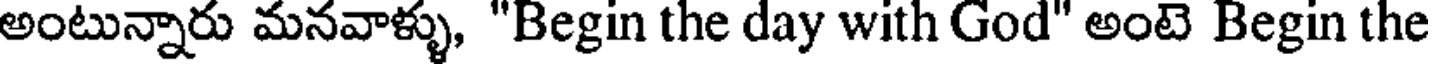
అంటున్నారు మనవాళ్ళు, "Begin the day with God" అంటె Begin the